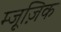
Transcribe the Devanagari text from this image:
म्जूज़िक